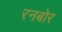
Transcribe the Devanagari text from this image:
रनबोर